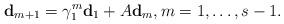
LaTeX: \begin{align*}{\bf d}_{m+1}=\gamma_1^m{\bf d}_1+A{\bf d}_m, m=1,\ldots, s-1.\end{align*}